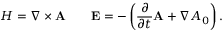
H = \nabla \times { \bf A } \qquad { \bf E } = - \left( \frac { \partial } { \partial t } { \bf A } + \nabla A _ { 0 } \right) .